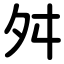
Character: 舛